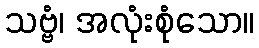
သဗ္ဗံ၊ အလုံးစုံသော။